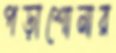
পড়াশোনার